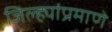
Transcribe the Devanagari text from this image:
जिल्ह्यांप्रमाणे